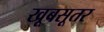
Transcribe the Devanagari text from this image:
खूबसूतर